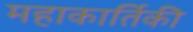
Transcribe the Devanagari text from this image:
महाकार्तिकी